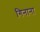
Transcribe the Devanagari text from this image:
गिनाना